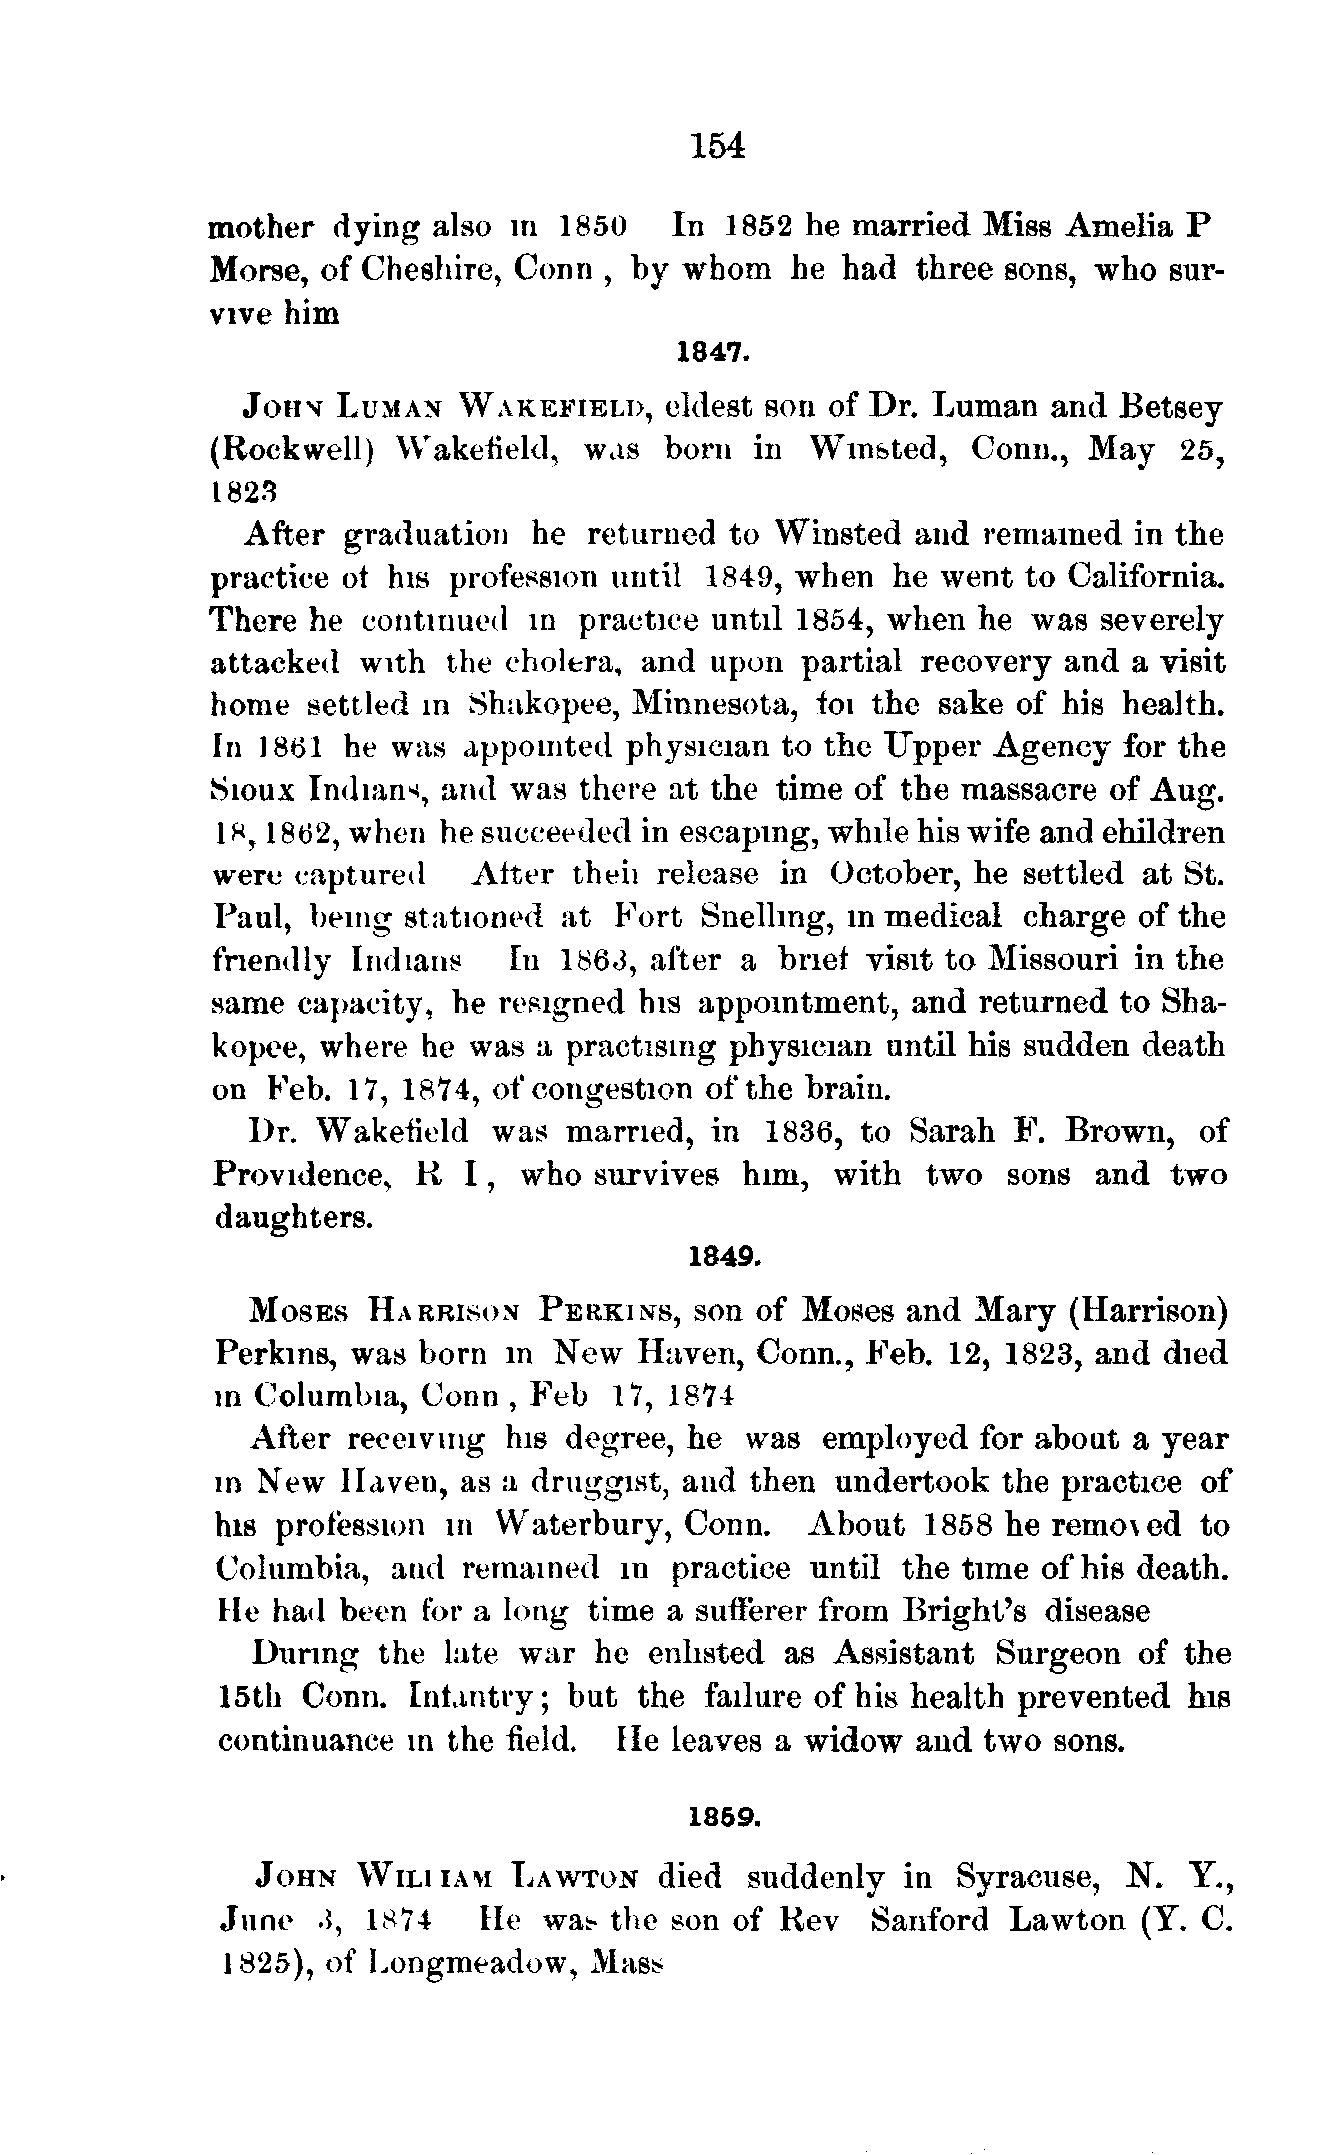
154
 mother  dying  also in 1850   In  1852 he married  Miss Amelia   P
 Morse, of Cheshire, Conn  , by whom   he  had three sons, who  sur-
 vive him
 1847.
 JOHV  LUMAN   WAKEFIELD,    eldest son of Dr. Luman  and  Betsey
 (Rockwell)  Wakeiield,   was  born  in Wm&ted,    Conn.,  May   25,
 1823
 After  graduation  he  returned to Winsted  and  remained  in the
 practice ot his profession until 1849, when  he went  to California.
 There he  continued  in practice until 1854, when he  was  severely
 attacked  with the cholera, and  upon  partial recovery and a visit
 home  settled in Shakopee,  Minnesota,  foi the sake of his health.
 In 1861  he was  appointed physician  to the Upper Agency   for the
 Sioux Indians, and  was there at the time of the massacre  of Aug.
 1H, 1862, when he succeeded  in escaping, while his wife and ehildren
 were  captured   After  theii release in October, he settled at St.
 Paul, being  stationed at Fort  Snelhng,  in medical charge  of the
 fnendly  Indians    In 1863, after a brief visit to Missouri in the
 same  capacity, he resigned his appointment,  and returned  to Sba-
 kopee, where  he was a practising physician until his sudden death
 on  Feb. 17, 1874, of congestion of the brain.
 Dr.  Wakefield  was  married,  in 1836,  to Sarah  F. Brown,   of
 Providence,  K   I, who  survives  him,  with  two  sons  and  two
 daughters.
 1849.
 MOSES   HARRISON   PERKINS,   son of Moses  and Mary  (Harrison)
 Perkins, was  born in New   Haven,  Conn., Feb. 12, 1823, and  died
 in Columbia,  Conn  , Feb 17, 1874
 After receiving his degree, he  was  employed   for about a year
 in New   Haven, as a druggist, and then  undertook  the practice of
 his profession in  Waterbury,  Conn.   About   1858 he remo\ed   to
 Columbia,   and  remained  in practice until the time  of his death.
 He  had been  for a long time a sufferer from Bright's disease
 Dunng   the late war  he  enlisted as Assistant Surgeon   of the
 15th Conn.  Infantry; but  the failure of his health prevented hie
 continuance  in the field. He leaves a widow  and  two sons.
 1859.
 JOHN  Win   IAM LAWTON    died  suddenly  in  Syracuse,  N.  Y.,
 June  .1, 1874   He  was? the son of Kev   Sanford  Lawton   (Y. C.
 1825), of Longmeadow,   Mass